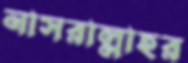
নাসরাল্লাহর